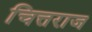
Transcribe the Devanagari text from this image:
चित्तराज